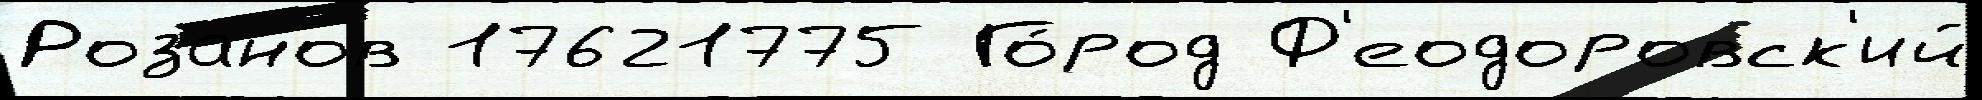
Розанов 17621775 Го́род Ф'еодоровск'ий